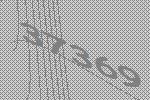
37369